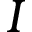
I